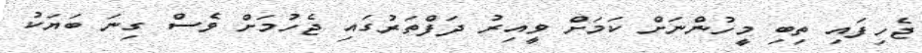
ޖެހިފައި ތިބި މީހުންނަށް ކަމަށް ވީއިރު ދަފްތަރުގައި ޖެހުމަށް ވެސް ގިނަ ބަޔަކު